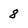
Character: 8